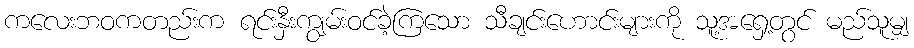
ကလေးဘဝကတည်းက ရင်းနှီးကျွမ်းဝင်ခဲ့ကြသော သီချင်းဟောင်းများကို သူ့အရှေ့တွင် မည်သူမျှ